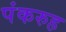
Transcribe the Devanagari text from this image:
पंकरुह